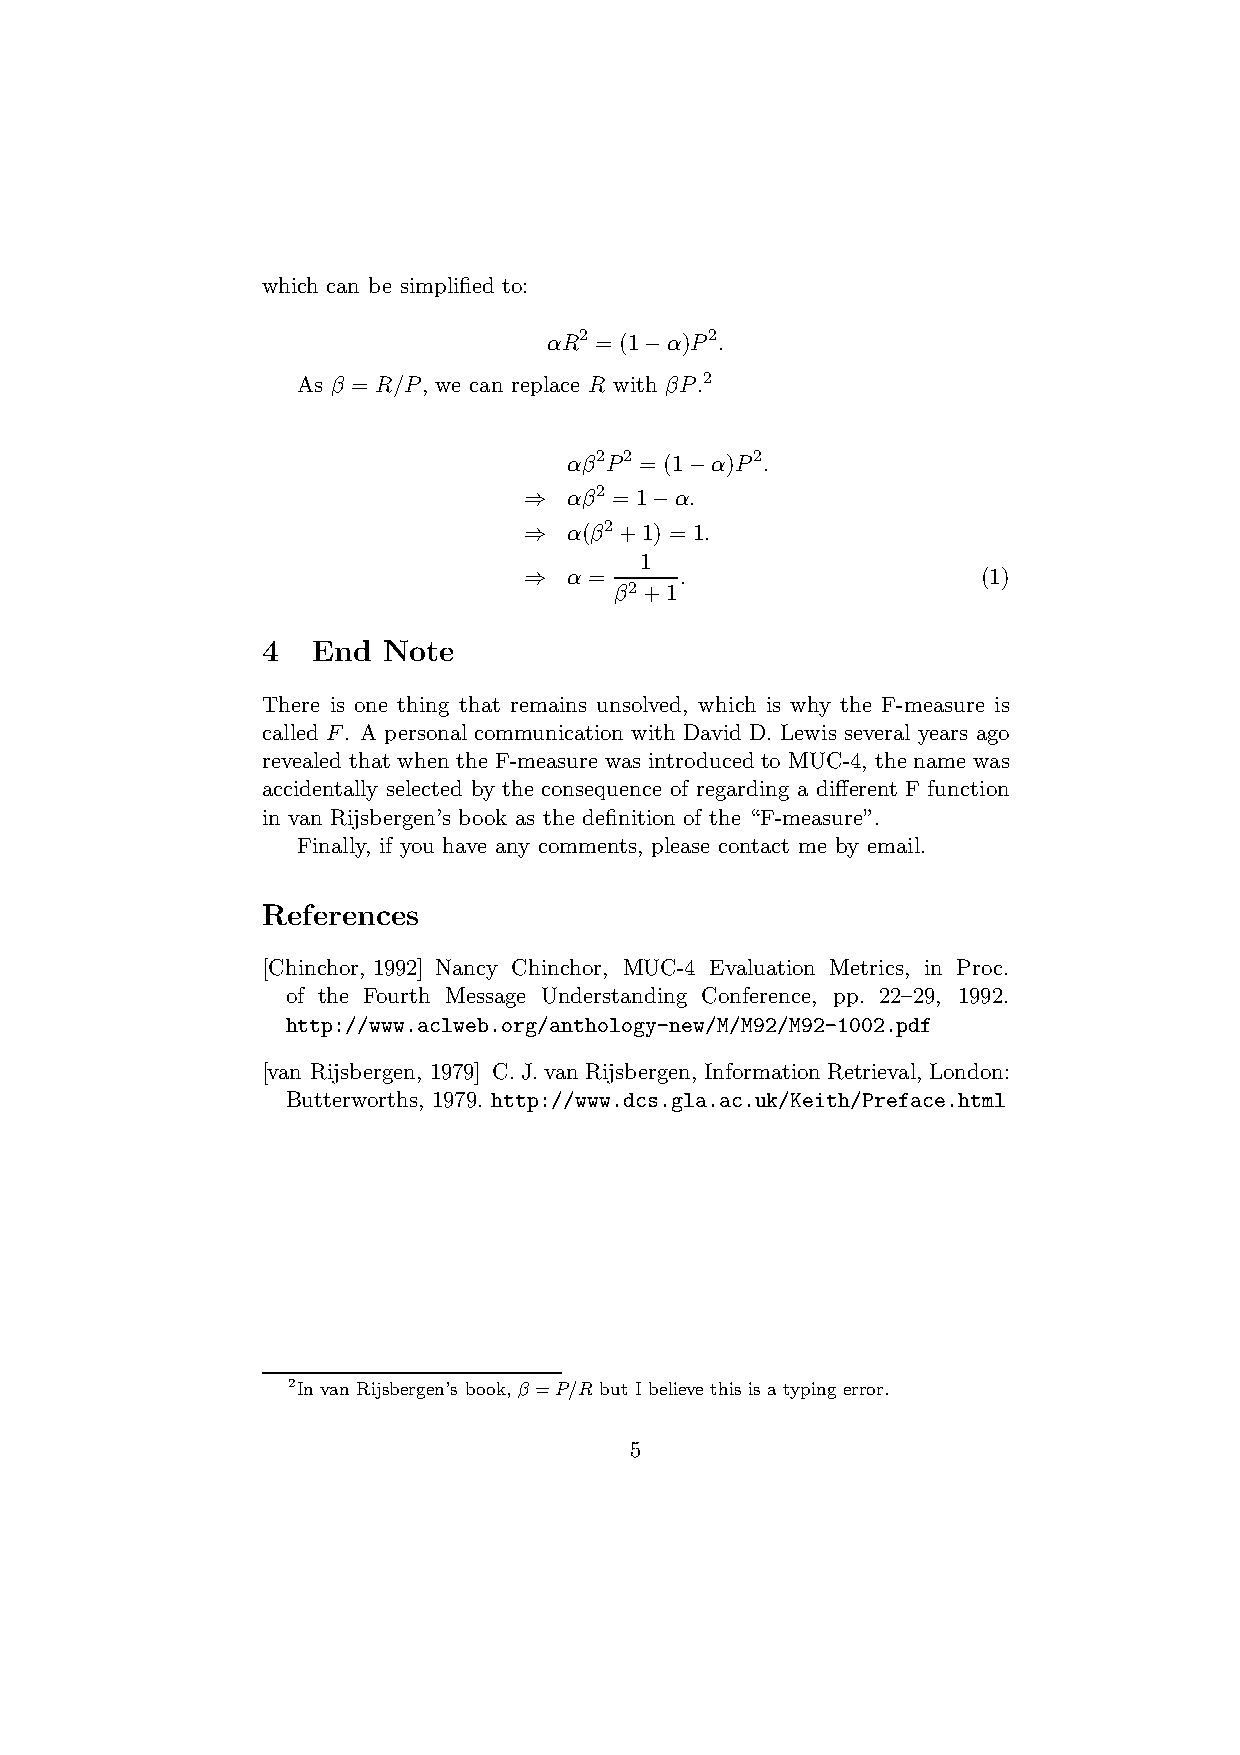
which can be simplified to:
 2        2
 αR = (1−α)P .
 As β = R/P, we can replace R with βP.2
 2 2        2
 αβ P = (1−α)P .
 2
 ⇒  αβ = 1−α.
 2
 ⇒  α(β +1) = 1.
 1
 ⇒  α=     .                   (1)
 β2+1
 4   End Note
 There is one thing that remains unsolved, which is why the F-measure is
 called F. A personal communication with David D. Lewis several years ago
 revealed that when the F-measure was introduced to MUC-4, the name was
 accidentally selected by the consequence of regarding a different F function
 in van Rijsbergen’s book as the definition of the “F-measure”.
 Finally, if you have any comments, please contact me by email.
 References
 [Chinchor, 1992] Nancy Chinchor, MUC-4 Evaluation Metrics, in Proc.
 of the Fourth Message Understanding Conference, pp. 22–29, 1992.
 http://www.aclweb.org/anthology-new/M/M92/M92-1002.pdf
 [van Rijsbergen, 1979] C.J.vanRijsbergen,InformationRetrieval, London:
 Butterworths, 1979. http://www.dcs.gla.ac.uk/Keith/Preface.html
 2In vanRijsbergen’s book, β=P/R but I believe this is a typingerror.
 5